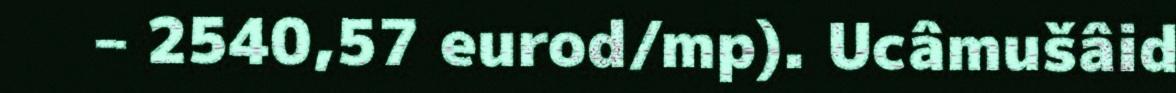
– 2540,57 eurod/mp). Ucâmušâid